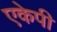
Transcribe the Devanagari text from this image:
एकेपी